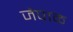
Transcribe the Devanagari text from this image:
जेपाळ